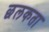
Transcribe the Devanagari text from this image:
छलकता